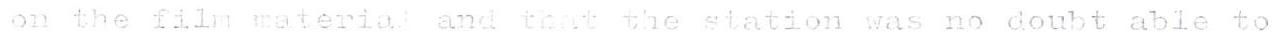
on the film material and that the station was no doubt able to